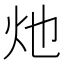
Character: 灺